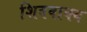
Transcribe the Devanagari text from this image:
शिववाक्य